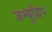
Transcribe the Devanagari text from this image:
जम्‍बुद्विप